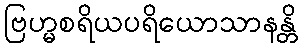
ဗြဟ္မစရိယပရိယောသာနန္တိ